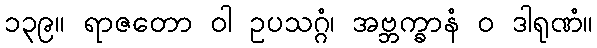
၁၃၉။ ရာဇတော ဝါ ဥပသဂ္ဂံ၊ အဗ္ဘက္ခာနံ ဝ ဒါရုဏံ။